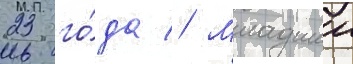
23 го́да // Младшии